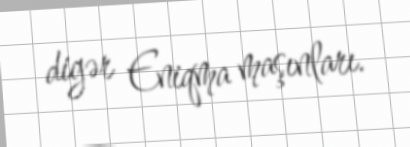
digər Eniqma maşınları.